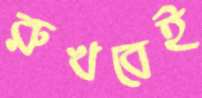
রুখবেই